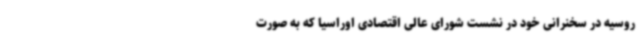
روسیه در سخنرانی خود در نشست شورای عالی اقتصادی اوراسیا که به صورت